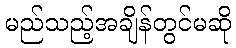
မည်သည့်အချိန်တွင်မဆို